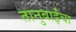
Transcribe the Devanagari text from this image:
तानुबाईंचा